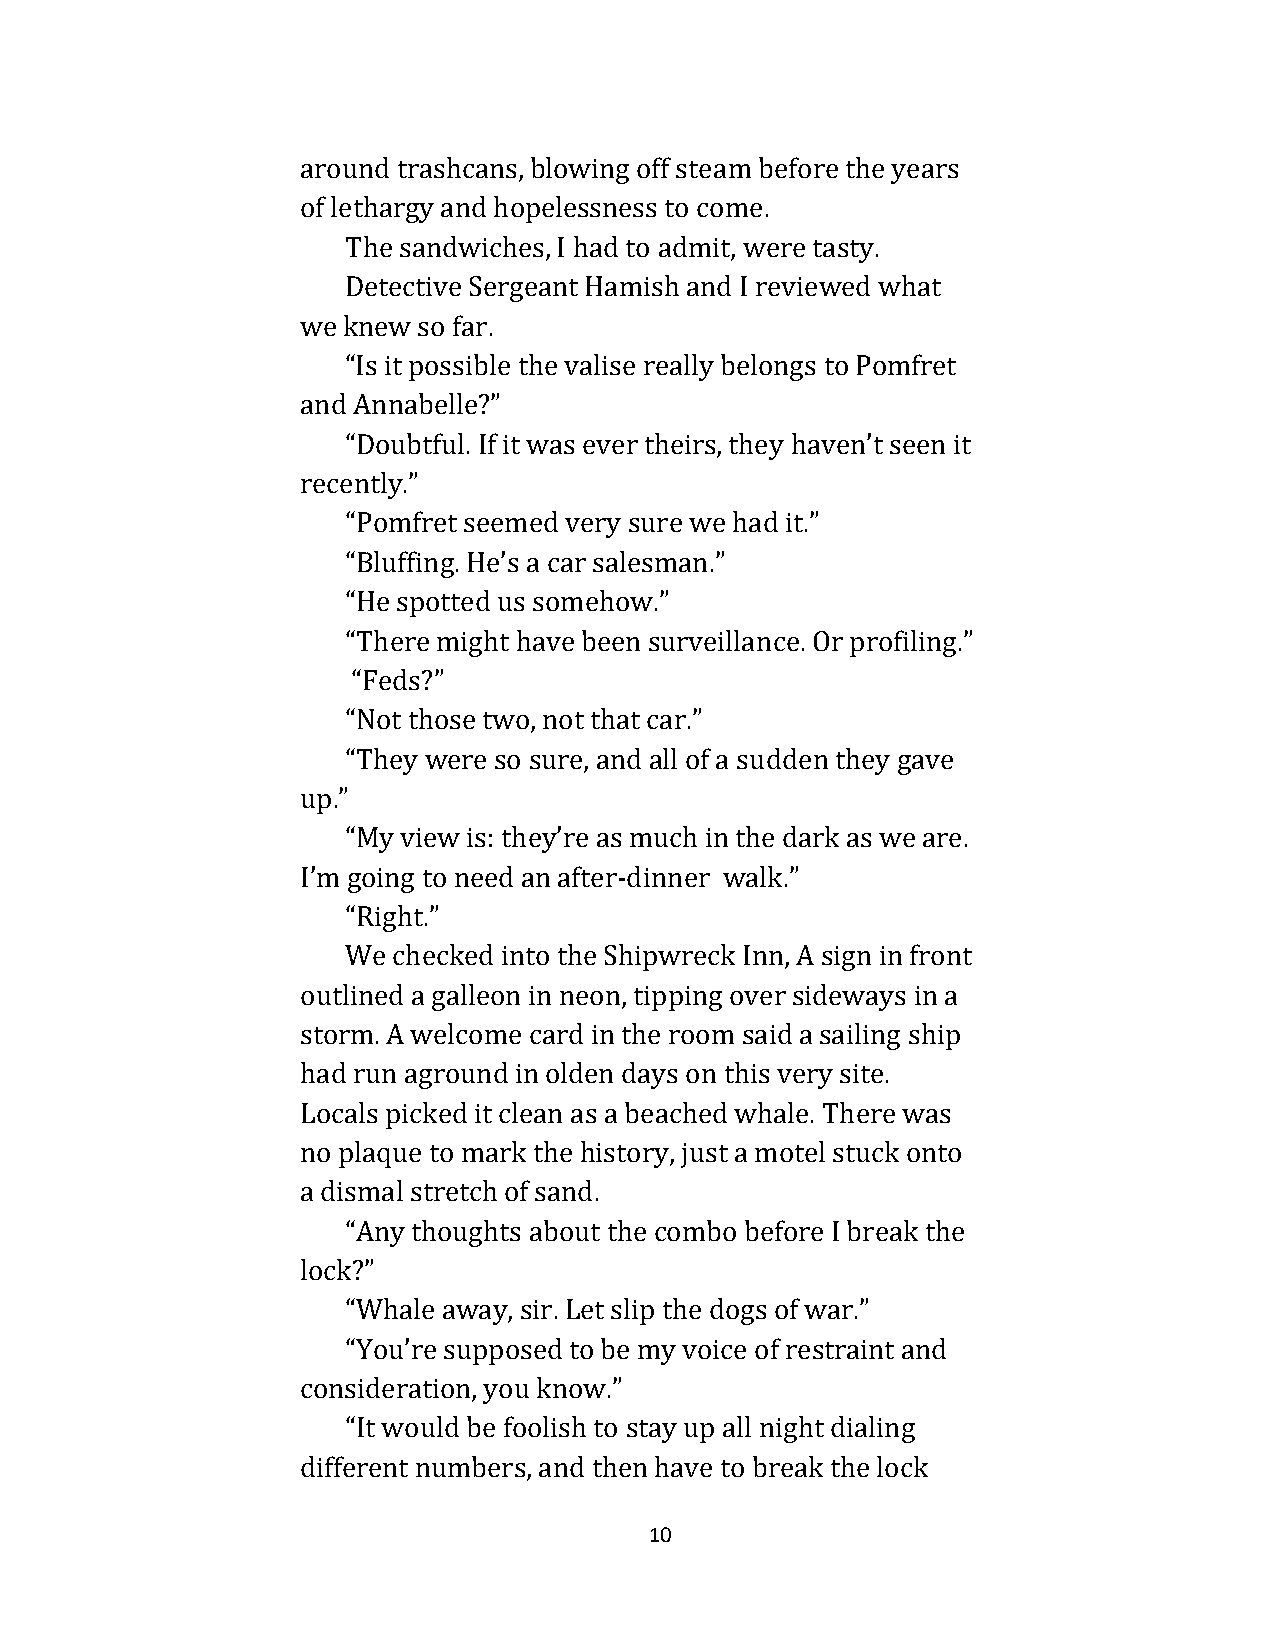
around trashcans, blowing off steam before the years
 of lethargy and hopelessness to come.
 The sandwiches, I had to admit, were tasty.
 Detective Sergeant Hamish and I reviewed what
 we knew so far.
 “Is it possible the valise really belongs to Pomfret
 and Annabelle?”
 “Doubtful. If it was ever theirs, they haven’t seen it
 recently.”
 “Pomfret seemed very sure we had it.”
 “Bluffing. He’s a car salesman.”
 “He spotted us somehow.”
 “There might have been surveillance. Or profiling.”
 “Feds?”
 “Not those two, not that car.”
 “They were so sure, and all of a sudden they gave
 up.”
 “My view is: they’re as much in the dark as we are.
 I’m going to need an after-dinner walk.”
 “Right.”
 We checked into the Shipwreck Inn, A sign in front
 outlined a galleon in neon, tipping over sideways in a
 storm. A welcome card in the room said a sailing ship
 had run aground in olden days on this very site.
 Locals picked it clean as a beached whale. There was
 no plaque to mark the history, just a motel stuck onto
 a dismal stretch of sand.
 “Any thoughts about the combo before I break the
 lock?”
 “Whale away, sir. Let slip the dogs of war.”
 “You’re supposed to be my voice of restraint and
 consideration, you know.”
 “It would be foolish to stay up all night dialing
 different numbers, and then have to break the lock
 10